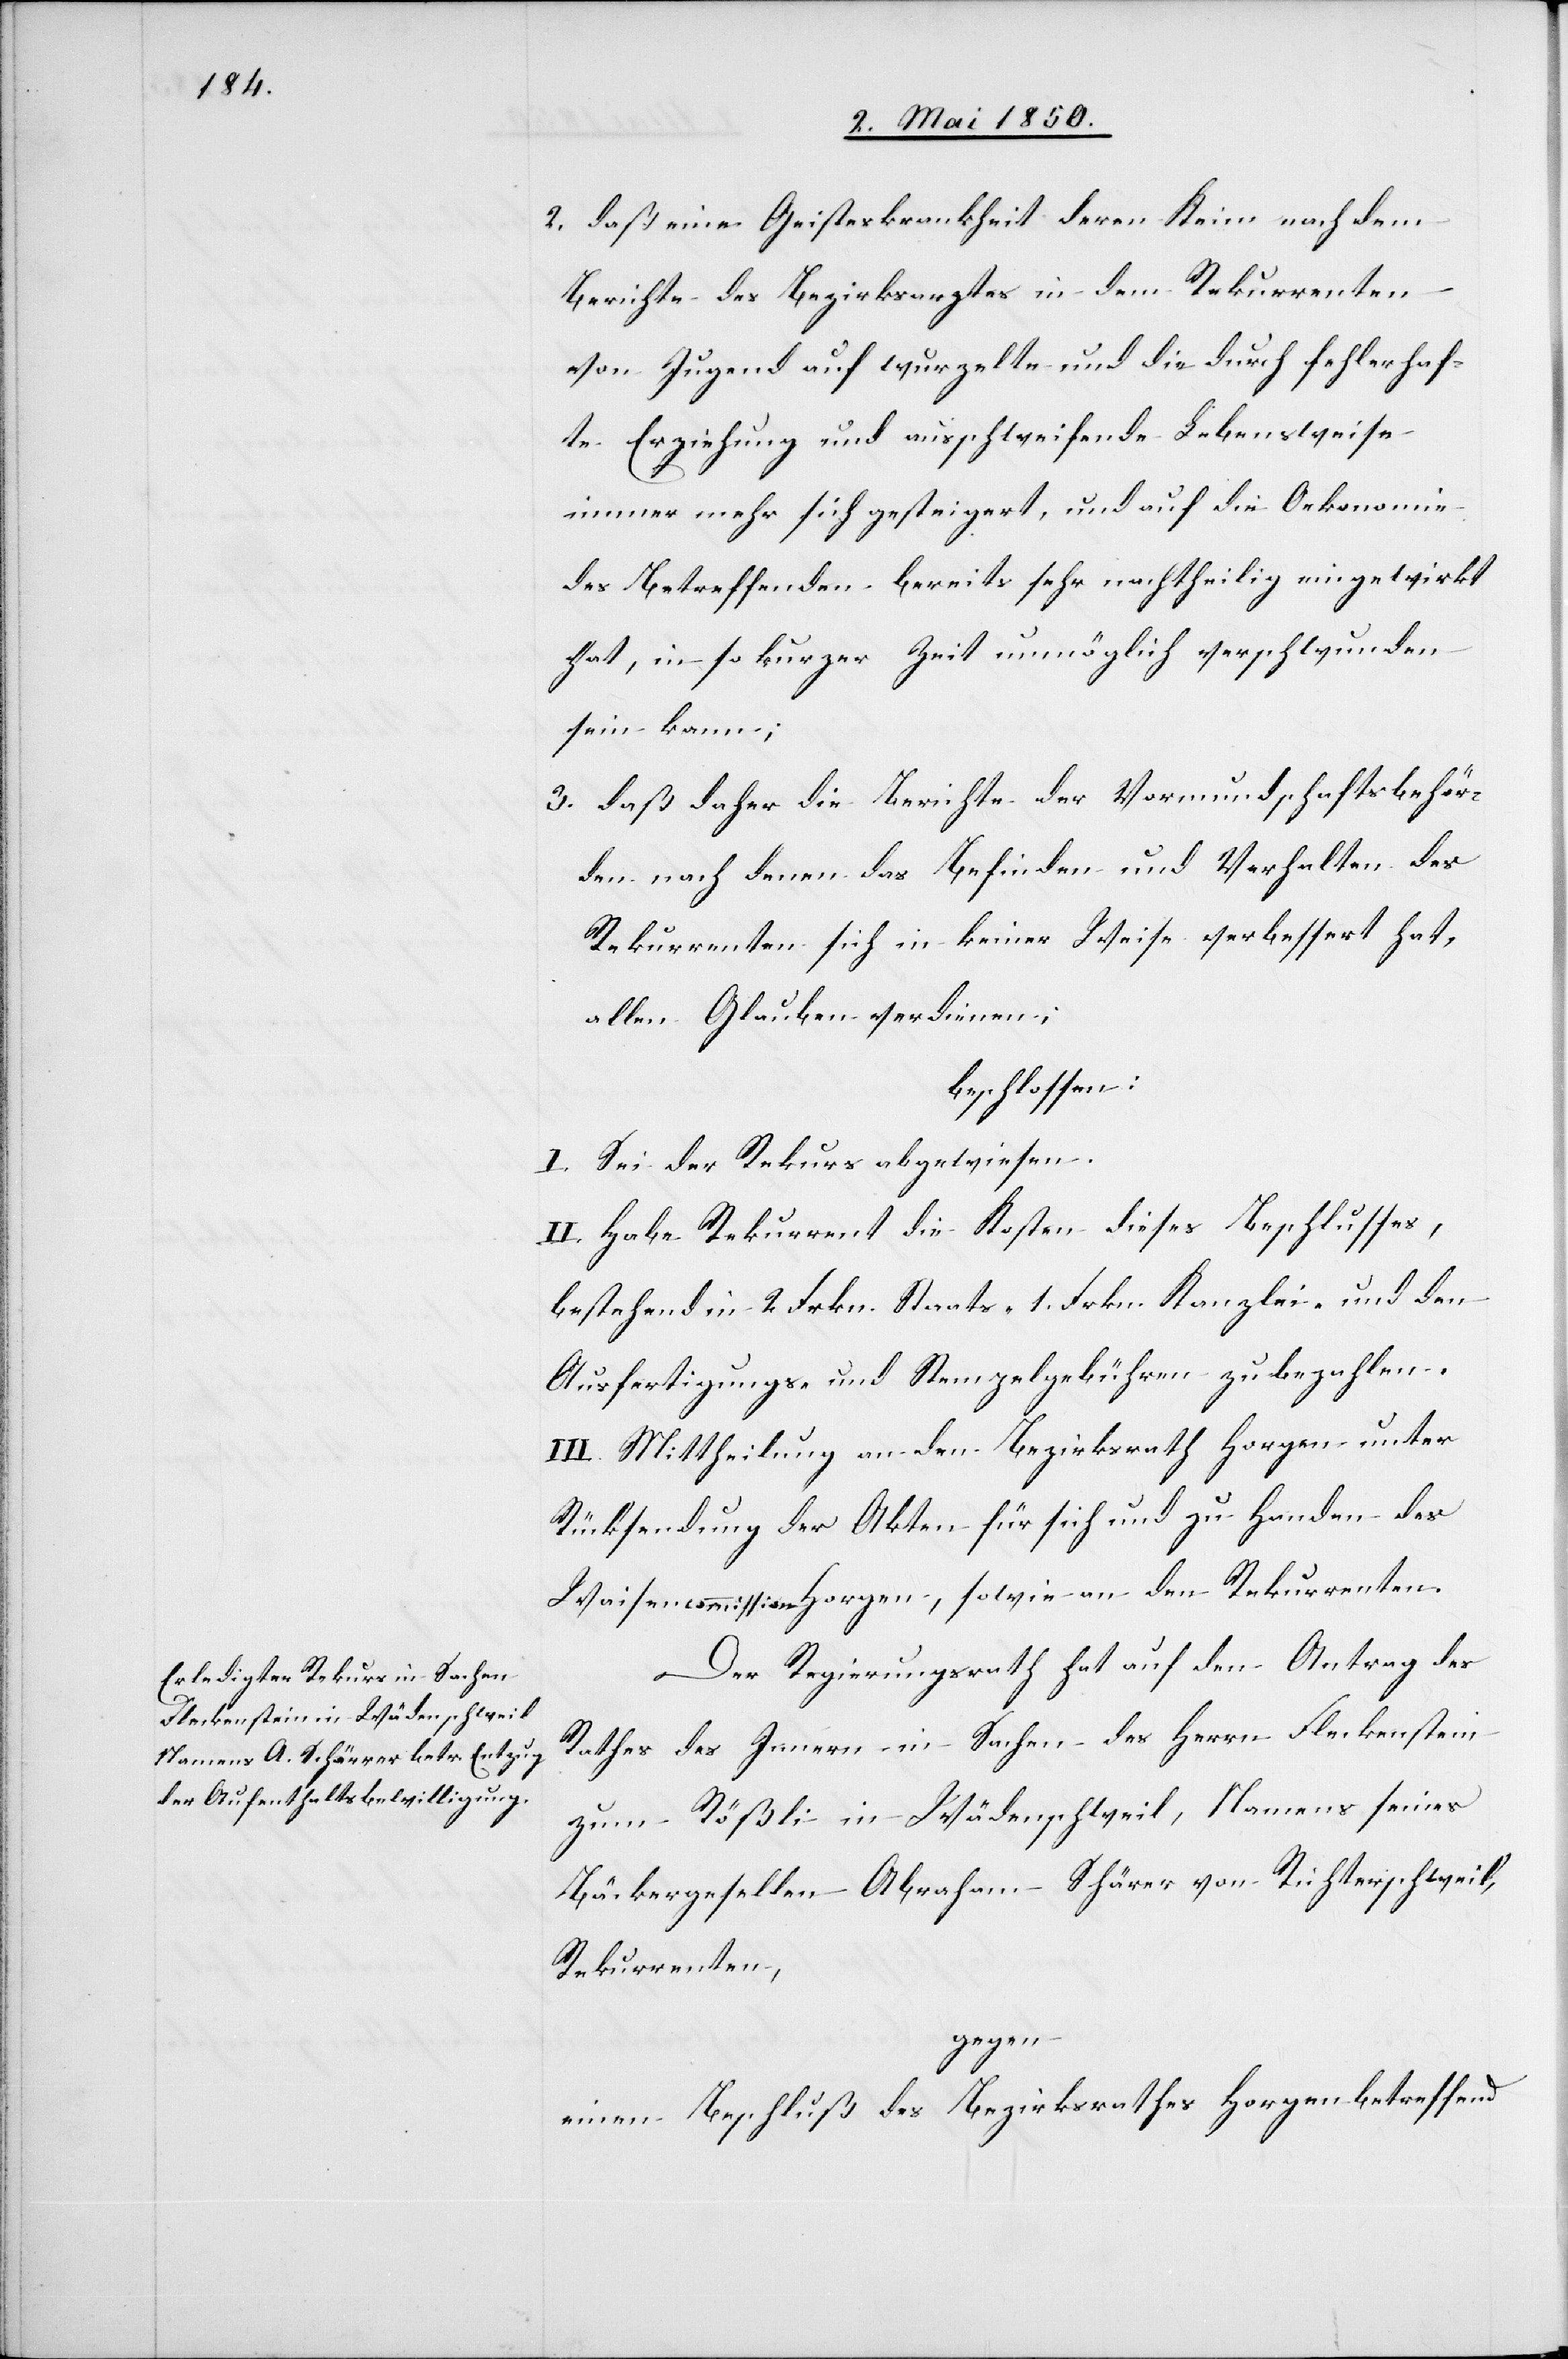
2. daß eine Geisteskrankheit deren Keim nach dem
Berichte des Bezirksarztes in dem Rekurrenten
von Jugend auf wurzelte und die durch fehlerhaf¬
te Erziehung und ausschweifende Lebensweise
immer mehr sich gesteigert, und auf die Oekonomie
des Betreffenden bereits sehr nachtheilig eingewirkt
hat, in so kurzer Zeit unmöglich verschwunden
sein kann;
3. daß daher die Berichte der Vormundschaftsbehör¬
den nach denen das Befinden und Verhalten des
Rekurrenten sich in keiner Weise verbessert hat,
allen Glauben verdienen;
beschlossen:
I. Sei der Rekurs abgewiesen.
II. Habe Rekurrent die Kosten dieses Beschlusses,
bestehend in 2 Frkn. Staats-[,] 1. Frkn Kanzlei- und den
Ausfertigungs- und Stempelgebühren zu bezahlen.
III. Mittheilung an den Bezirksrath Horgen unter
Rücksendung der Akten für sich und zu Handen des
Waisencommission Horgen, sowie an den Rekurrenten.
Der Regierungsrath hat auf den Antrag des
Rathes des Innern in Sachen des Herrn Fleckenstein
zum Rößli in Wädenschweil, Namens seines
Bäckergesellen Abraham Schärer [sic!] von Richterschweil,
Rekurrenten,
gegen
einen Beschluß des Bezirksrathes Horgen betreffend